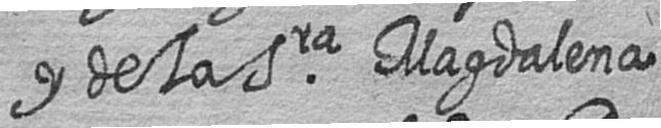
y de la Sra Magdalena